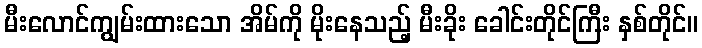
မီးလောင်ကျွမ်းထားသော အိမ်ကို မိုးနေသည့် မီးခိုး ခေါင်းတိုင်ကြီး နှစ်တိုင်။